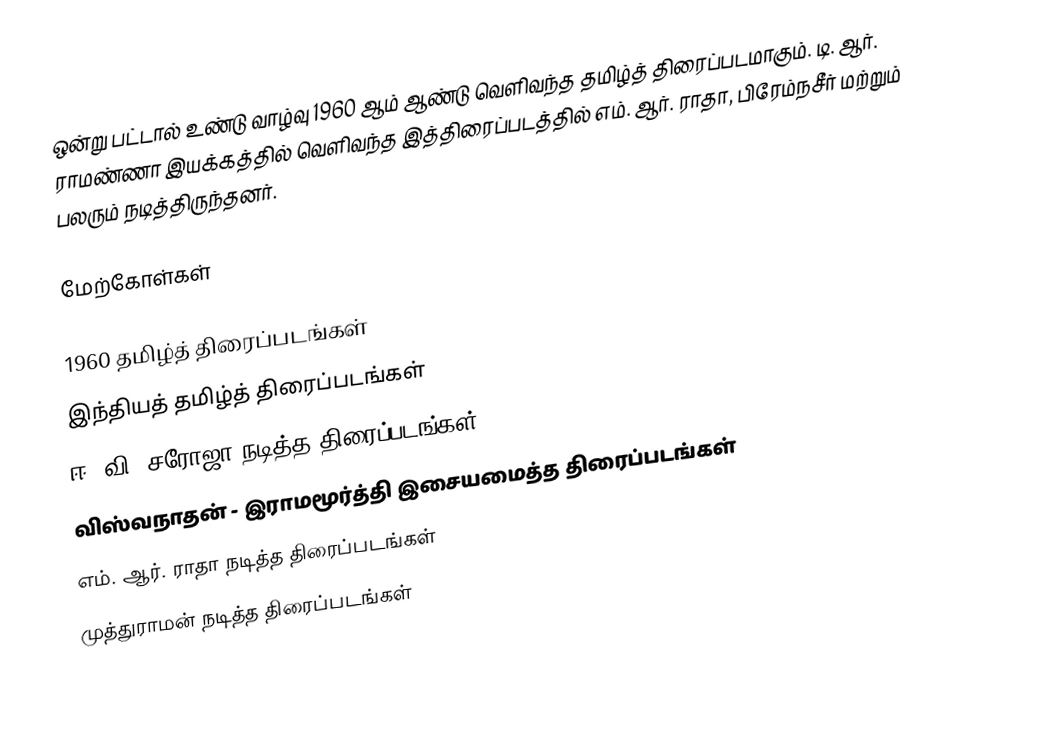
ஒன்று பட்டால் உண்டு வாழ்வு 1960 ஆம் ஆண்டு வெளிவந்த தமிழ்த் திரைப்படமாகும். டி. ஆர். ராமண்ணா இயக்கத்தில் வெளிவந்த இத்திரைப்படத்தில் எம். ஆர். ராதா, பிரேம்நசீர் மற்றும் பலரும் நடித்திருந்தனர்.

மேற்கோள்கள்

1960 தமிழ்த் திரைப்படங்கள்
இந்தியத் தமிழ்த் திரைப்படங்கள்
ஈ. வி. சரோஜா நடித்த திரைப்படங்கள்
விஸ்வநாதன் - இராமமூர்த்தி இசையமைத்த திரைப்படங்கள்
எம். ஆர். ராதா நடித்த திரைப்படங்கள்
முத்துராமன் நடித்த திரைப்படங்கள்